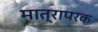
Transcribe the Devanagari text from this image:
मात्रापरक